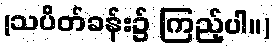
(သပိတ်ခန်း၌ ကြည့်ပါ။)